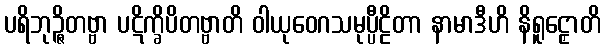
ပရိဘုဉ္ဇိတဗ္ဗာ ပဋိက္ခိပိတဗ္ဗာတိ ဝါယုဝေဂသမုပ္ပီဠိတာ နာမာဒီဟိ နိရူဠှောတိ